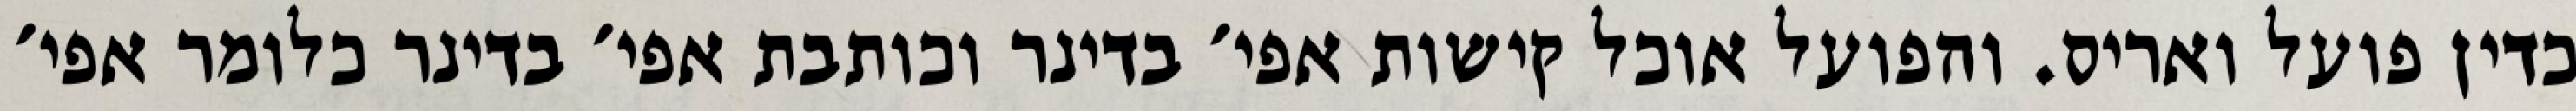
כדין פועל ואריס. והפועל אוכל קישות אפי׳ בדינר וכותבת אפי׳ בדינר כלומר אפי׳